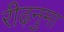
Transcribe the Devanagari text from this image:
रीढ़नुमा